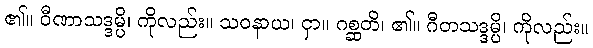
၏။ ဝီဏာသဒ္ဒမ္ပိ၊ ကိုလည်း။ သဝနာယ၊ ငှာ။ ဂစ္ဆတိ၊ ၏။ ဂီတသဒ္ဒမ္ပိ၊ ကိုလည်း။